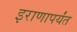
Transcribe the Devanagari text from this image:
इराणापर्यंत